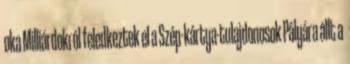
oka Milliárdokról feledkeztek el a Szép-kártya-tulajdonosok Pályára állt a